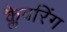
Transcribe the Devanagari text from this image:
क्लैवरिंग